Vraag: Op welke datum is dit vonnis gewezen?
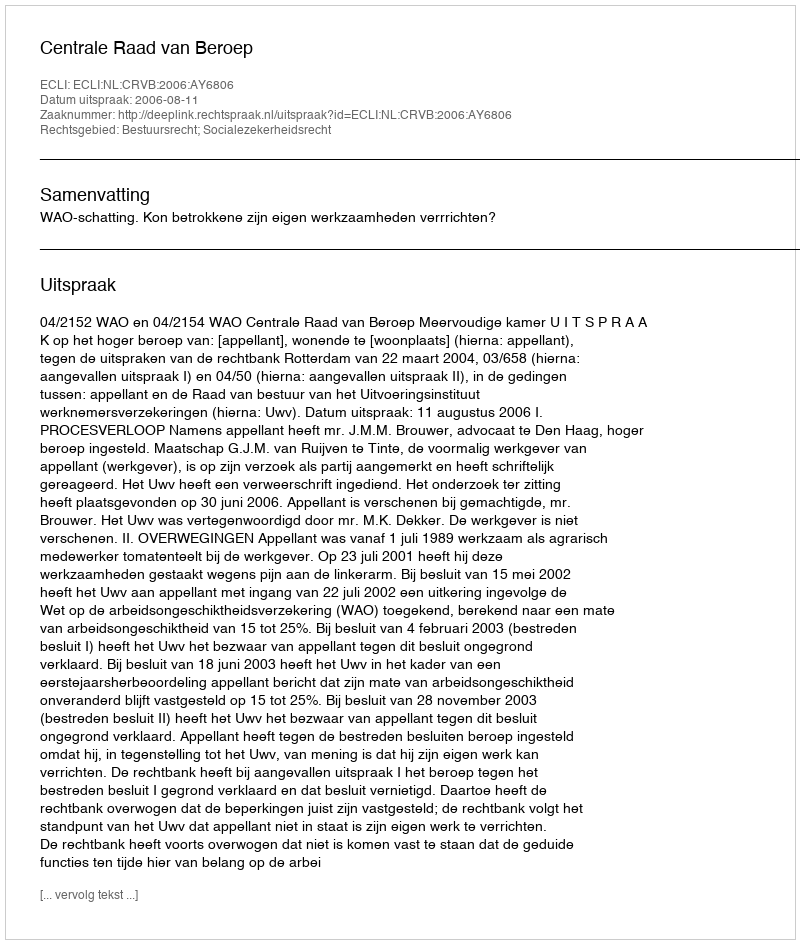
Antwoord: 2006-08-11